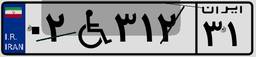
۳۶W۷۳۸۳۸